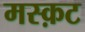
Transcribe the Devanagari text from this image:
मस्क़ट